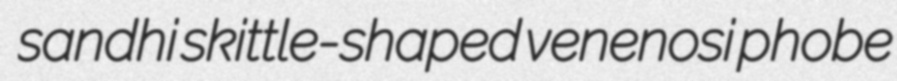
sandhi skittle-shaped venenosi phobe